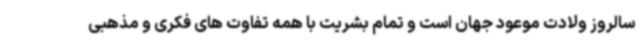
سالروز ولادت موعود جهان است و تمام بشریت با همه تفاوت های فکری و مذهبی